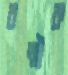
বল্মীক